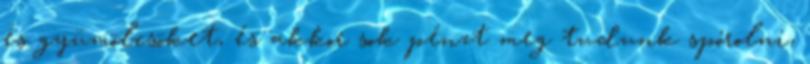
és gyümölcsöket, és akkor sok pénzt meg tudunk spórolni,